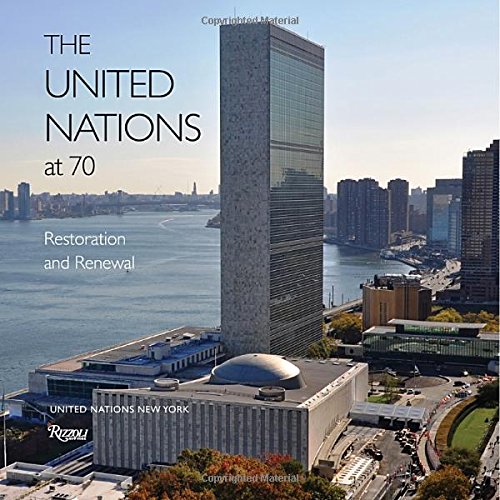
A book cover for The United Nations at 70: Restoration and Renewal; Martti Ahtisaari; Arts & Photography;